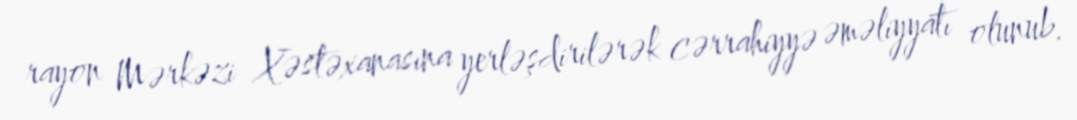
rayon Mərkəzi Xəstəxanasına yerləşdirilərək cərrahiyyə əməliyyatı olunub.